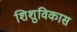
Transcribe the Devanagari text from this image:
शिशुविकास